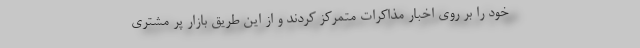
خود را بر روی اخبار مذاکرات متمرکز کردند و از این طریق بازار پُر مشتری